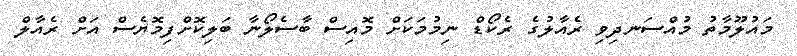
މައުލޫމާތު މުއްސަނދިވި ރެއާލުގެ ރެކޯޑް ނިމުމަކަށް މޮއިސް ބާސެލޯނާ ބަލިކޮށްފިމޮޔެސް އަށް ރެއާލް